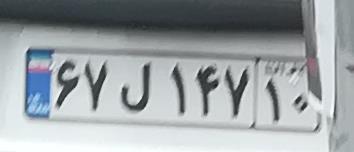
۶۷ل۱۴۷۱۰